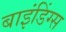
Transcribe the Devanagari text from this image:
बाइंडिंग्स